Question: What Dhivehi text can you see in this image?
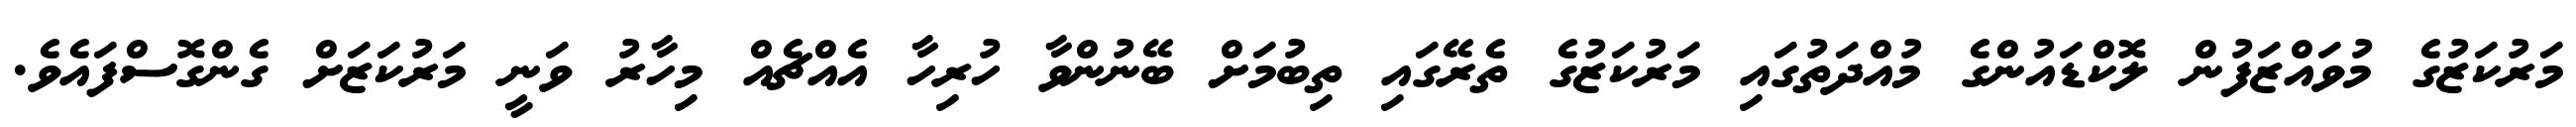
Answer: މަރުކަޒުގެ މުވައްޒަފުން ލޮކްޑައުންގެ މުއްދަތުގައި މަރުކަޒުގެ ތެރޭގައި ތިބުމަށް ބޭނުންވާ ހުރިހާ އެއްޗެއް މިހާރު ވަނީ މަރުކަޒަށް ގެންގޮސްފައެވެ.